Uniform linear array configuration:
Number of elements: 12
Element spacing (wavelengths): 0.5
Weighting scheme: kaiser
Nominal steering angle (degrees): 30
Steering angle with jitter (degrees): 28.586
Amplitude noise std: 0.05
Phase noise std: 0.05

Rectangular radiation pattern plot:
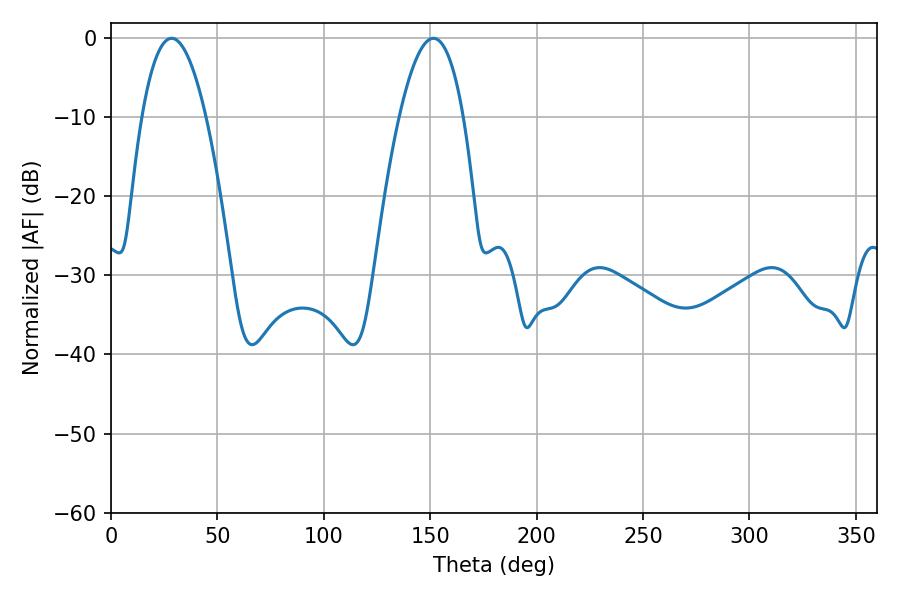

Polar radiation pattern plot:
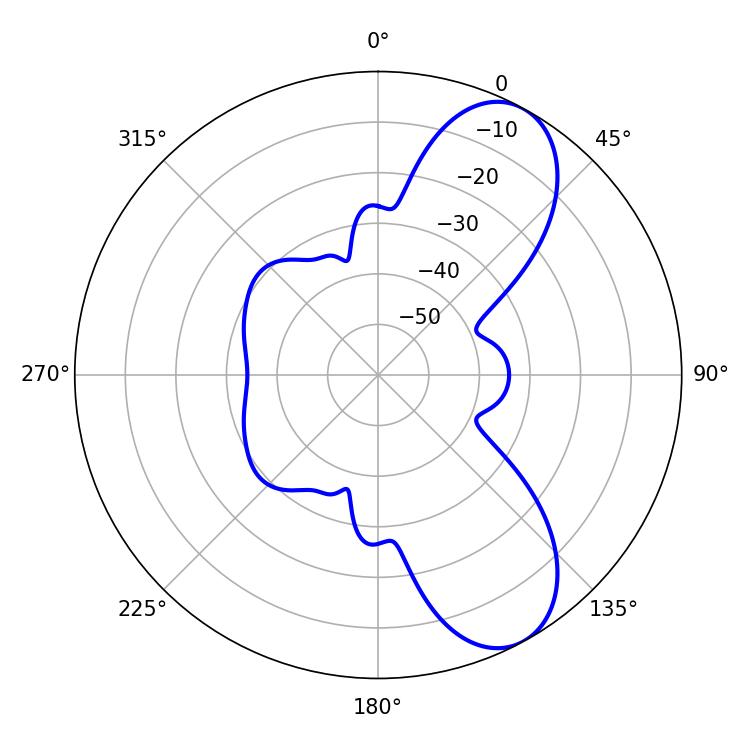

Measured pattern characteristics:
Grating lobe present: FALSE
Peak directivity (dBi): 8.259
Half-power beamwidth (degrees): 16.56
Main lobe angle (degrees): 28.44